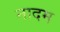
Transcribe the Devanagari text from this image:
नादम